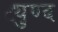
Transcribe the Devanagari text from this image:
ट्युण्द